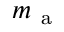
m _ { \mathrm { ~ a ~ } }